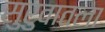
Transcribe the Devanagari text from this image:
सुरुवातला